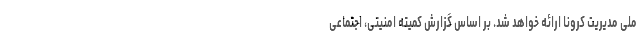
ملی مدیریت کرونا ارائه خواهد شد. بر اساس گزارش کمیته امنیتی، اجتماعی